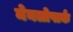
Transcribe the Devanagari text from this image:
मेनलोपार्क